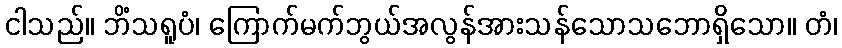
ငါသည်။ ဘိံသရူပံ၊ ကြောက်မက်ဘွယ်အလွန်အားသန်သောသဘောရှိသော။ တံ၊